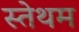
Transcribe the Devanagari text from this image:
स्तेथम